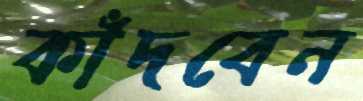
কাঁদবেন